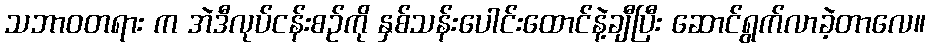
သဘာဝတရား က အဲဒီလုပ်ငန်းစဉ်ကို နှစ်သန်းပေါင်းထောင်နဲ့ချီပြီး ဆောင်ရွက်လာခဲ့တာလေ။